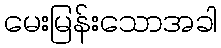
မေးမြန်းသောအခါ